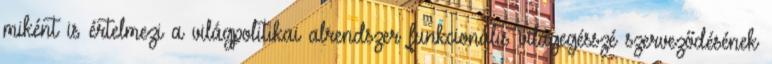
miként is értelmezi a világpolitikai alrendszer funkcionális világegésszé szerveződésének